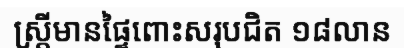
ស្ត្រីមានផ្ទៃពោះសរុបជិត ១៨លាន